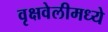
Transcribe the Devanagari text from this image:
वृक्षवेलीमध्ये